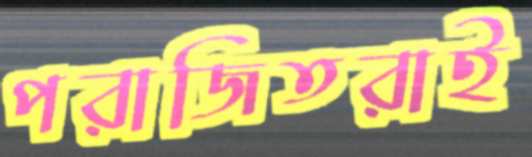
পরাজিতরাই